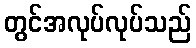
တွင်အလုပ်လုပ်သည်